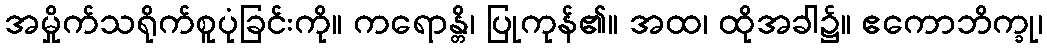
အမှိုက်သရိုက်စူပုံခြင်းကို။ ကရောန္တိ၊ ပြုကုန်၏။ အထ၊ ထိုအခါ၌။ ဧကောဘိက္ခု၊